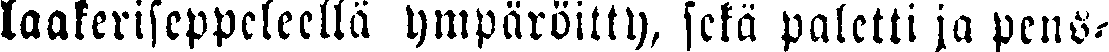
laakeriseppeleellä ympäröity, sekä paletti ja pens-